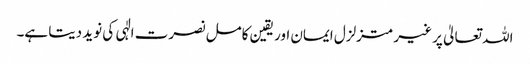
اللہ تعالیٰ پر غیر متزلزل ایمان اور یقین کامل نصرت الٰہی کی نوید دیتا ہے۔